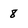
Character: 8